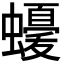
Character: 𮕈